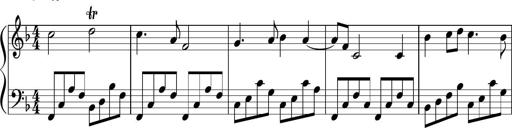
Title: Sonatina di Santa Gemma, JKB 12
Composer: Jason Baruk
Key: F major